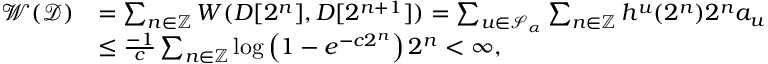
\begin{array} { r l } { \ensuremath { \mathcal W } ( \ensuremath { \mathcal D } ) } & { = \sum _ { n \in { \ensuremath { \mathbb Z } } } W ( D [ 2 ^ { n } ] , D [ 2 ^ { n + 1 } ] ) = \sum _ { u \in \ensuremath { \mathcal S } _ { \alpha } } \sum _ { n \in { \ensuremath { \mathbb Z } } } h ^ { u } ( 2 ^ { n } ) 2 ^ { n } a _ { u } } \\ & { \le \frac { - 1 } { c } \sum _ { n \in { \ensuremath { \mathbb Z } } } \log \left( 1 - e ^ { - c 2 ^ { n } } \right) 2 ^ { n } < \infty , } \end{array}